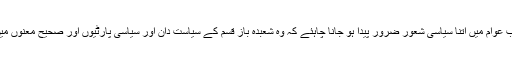
اس ملک میں ایک نہیں کئی الیکشن ہو چکے ہیں اب عوام میں اتنا سیاسی شعور ضرور پیدا ہو جانا چاہئے کہ وہ شعبدہ باز قسم کے سیاست دان اور سیاسی پارٹیوں اور صحیح معنوں میں عوام دوست پارٹیوں کے درمیان تمیز کر سکیں۔